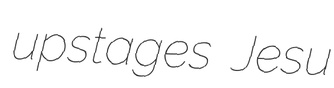
upstages Jesu